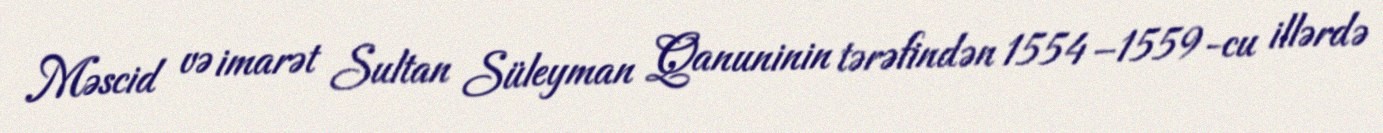
Məscid və imarət Sultan Süleyman Qanuninin tərəfindən 1554–1559-cu illərdə